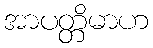
အာပတ္တိမာဟ